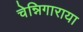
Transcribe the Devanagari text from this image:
चेन्निगाराया